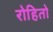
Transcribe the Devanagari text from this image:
रोहितो